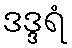
ဒဒ္ဒရံ